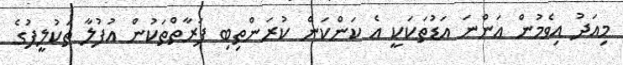
މިއަދު އިވެމުން އަންނަ އަޑުތަކަކީ އެ ކަންކަން ކުރަންތިބި ފަރާތްތަކުން އުފުލާ ތަކުލީފުގެ